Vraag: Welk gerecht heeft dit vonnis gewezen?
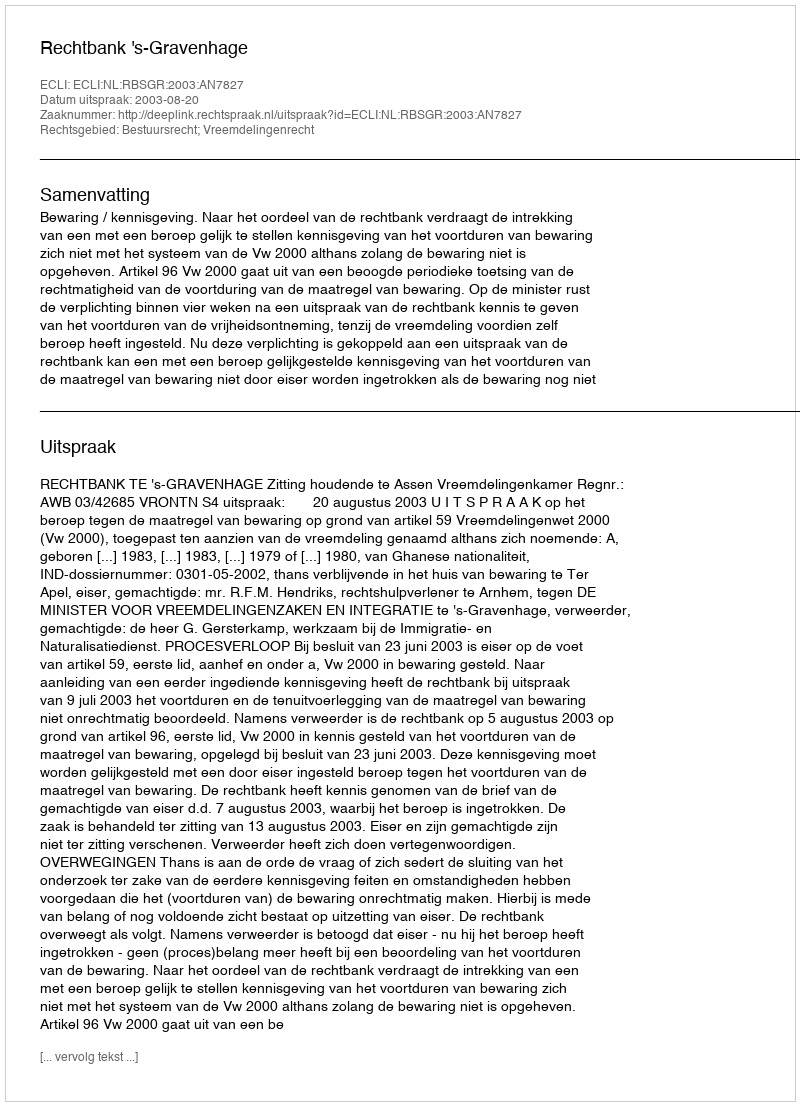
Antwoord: Rechtbank 's-Gravenhage